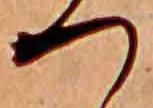
つ